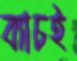
ব্যাচই